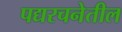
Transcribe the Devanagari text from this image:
पद्यरचनेतील